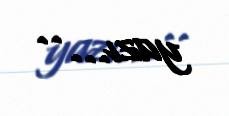
yazı... ..